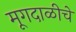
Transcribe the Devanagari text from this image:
मूगदाळीचे